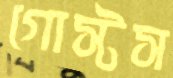
গোস্টস